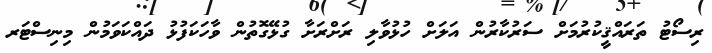
ރިސޯޓު ތަރައްޤީކުރުމަށް ސަރުކާރުން އަލަށް ހުޅުވާލި ރަށްރަށާ ގުޅޭގޮތުން ވާހަކަފުޅު ދައްކަވަމުން މިނިސްޓަރ